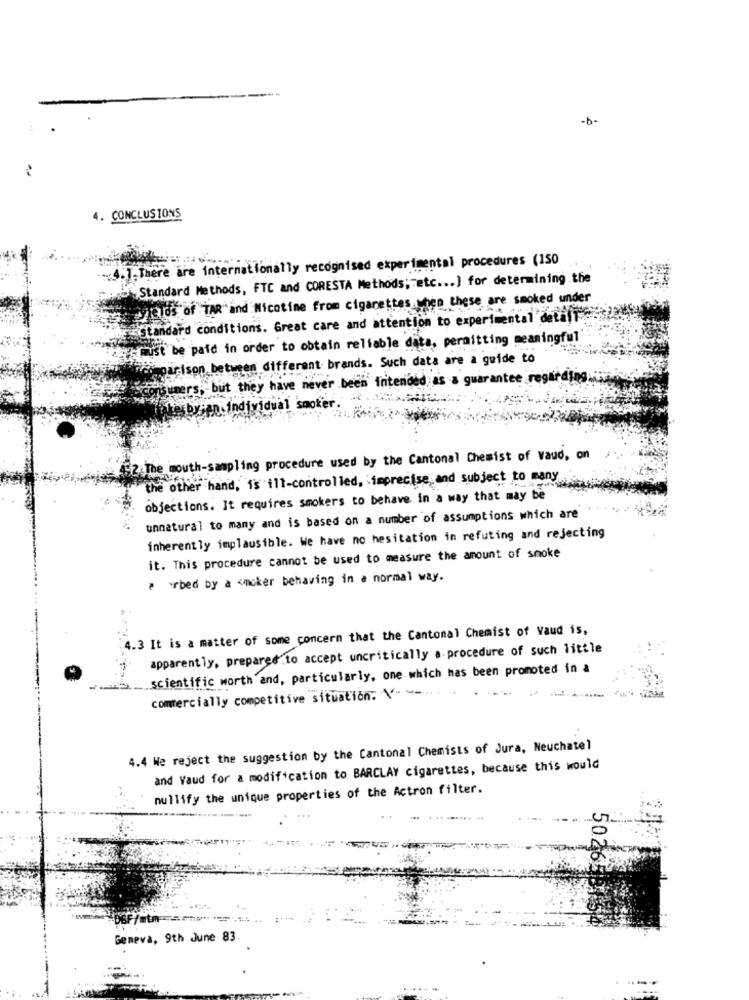
-b-
4. CONCLUSIONS
.4.]. There are internationally recognised experimental procedures (150
Standard Methods, FTC and CORESTA Methods; etc ... ] for determining the
310% of TAR and Nicotine from cigarettes when these are smoked under
conditions. Great care and attention to experimental detall
e paid in order to obtain reliable data, permitting meaningful
arison between different brands. Such data are a guide to
Sumers, but they have never been fritended as a guarantee regarding
akes by an individual smo
(52 The mouth-sampling procedure used by the Cantonal Chemist of Vaud, on
the other hand, is ill-controlled, imprecise and subject to many
objections. It requires smokers to behave in a way that may be
unnatural to many and is based on a number of assumptions which are
inherently implausible. We have no hesitation in refuting and rejecting
it. This procedure cannot be used to measure the amount of smoke
. . rbed by a <mcker behaving in a normal way.
4.3 It is a matter of some concern that the Cantonal Chemist of vaud is,
apparently, prepared to accept uncritically a procedure of such little
scientific worth and, particularly, one which has been promoted in a
commercially competitive situation: \" --...
4.4 We reject the suggestion by the Cantonal Chemists of Jura, Neuchatel
and Vaud for a modification to BARCLAY cigarettes, because this would
nullify the unique properties of the Actron filter.
50.265B15
Geneva, 9th June 83.